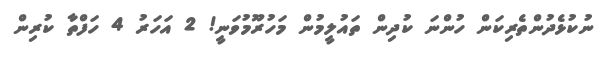
ނުކުޅެދުންތެރިކަން ހުންނަ ކުދިން ތައުލީމުން މަހުރޫމުވަނީ! 2 އަހަރު 4 ހަފްތާ ކުރިން